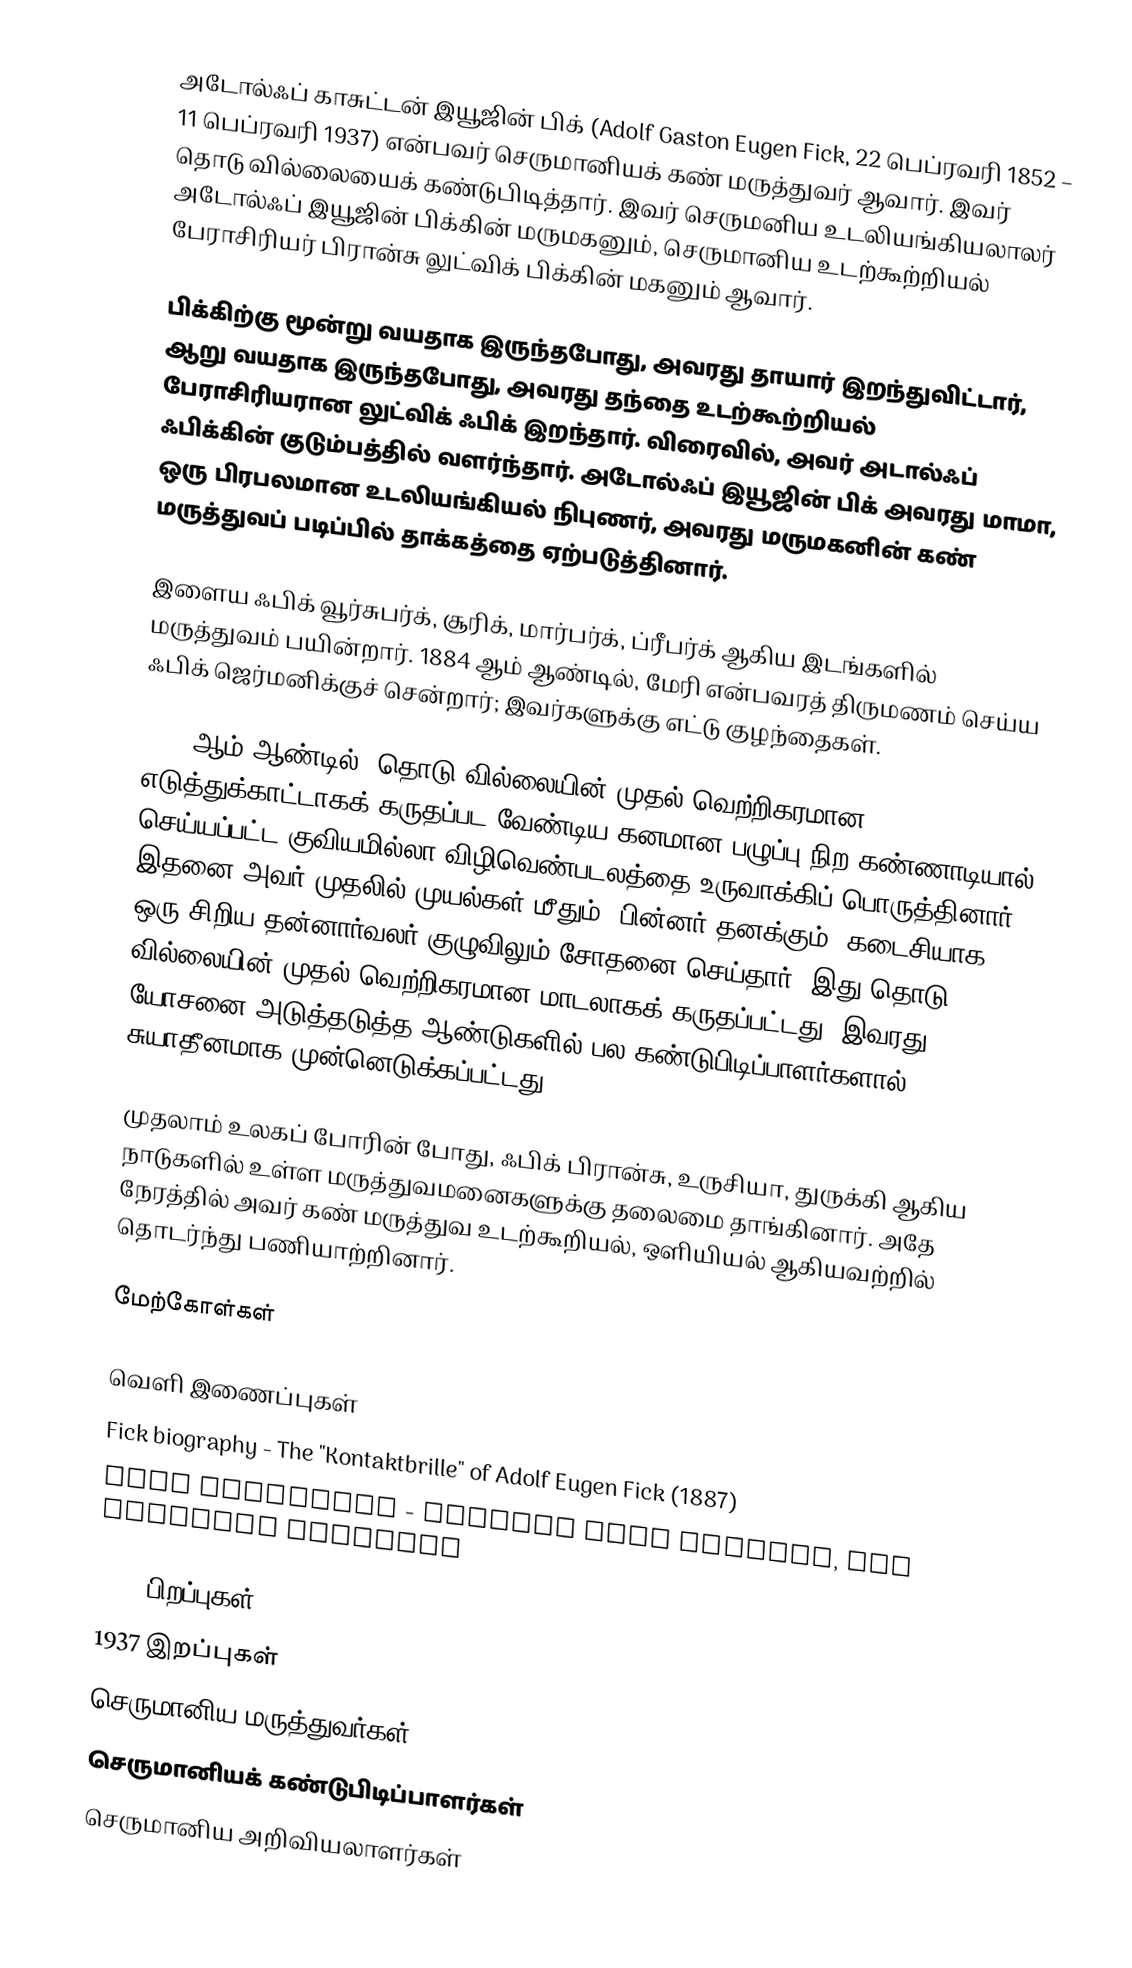
அடோல்ஃப் காசுட்டன் இயூஜின் பிக் (Adolf Gaston Eugen Fick, 22 பெப்ரவரி 1852 – 11 பெப்ரவரி 1937) என்பவர் செருமானியக் கண் மருத்துவர் ஆவார். இவர் தொடு வில்லையைக் கண்டுபிடித்தார். இவர் செருமனிய உடலியங்கியலாலர் அடோல்ஃப் இயூஜின் பிக்கின் மருமகனும், செருமானிய உடற்கூற்றியல் பேராசிரியர் பிரான்சு லுட்விக் பிக்கின் மகனும் ஆவார்.

பிக்கிற்கு மூன்று வயதாக இருந்தபோது, அவரது தாயார் இறந்துவிட்டார், ஆறு வயதாக இருந்தபோது, அவரது தந்தை உடற்கூற்றியல் பேராசிரியரான லுட்விக் ஃபிக் இறந்தார். விரைவில், அவர் அடால்ஃப் ஃபிக்கின் குடும்பத்தில் வளர்ந்தார். அடோல்ஃப் இயூஜின் பிக் அவரது மாமா, ஒரு பிரபலமான உடலியங்கியல் நிபுணர், அவரது மருமகனின் கண் மருத்துவப் படிப்பில் தாக்கத்தை ஏற்படுத்தினார்.

இளைய ஃபிக் வூர்சுபர்க், சூரிக், மார்பர்க், ப்ரீபர்க் ஆகிய இடங்களில் மருத்துவம் பயின்றார். 1884 ஆம் ஆண்டில், மேரி என்பவரத் திருமணம் செய்ய ஃபிக் ஜெர்மனிக்குச் சென்றார்; இவர்களுக்கு எட்டு குழந்தைகள்.

1888-ஆம் ஆண்டில், தொடு வில்லையின் முதல் வெற்றிகரமான எடுத்துக்காட்டாகக் கருதப்பட வேண்டிய கனமான பழுப்பு நிற கண்ணாடியால் செய்யப்பட்ட குவியமில்லா விழிவெண்படலத்தை உருவாக்கிப் பொருத்தினார். இதனை அவர் முதலில் முயல்கள் மீதும், பின்னர் தனக்கும், கடைசியாக ஒரு சிறிய தன்னார்வலர் குழுவிலும் சோதனை செய்தார். இது தொடு வில்லையின் முதல் வெற்றிகரமான மாடலாகக் கருதப்பட்டது. இவரது யோசனை அடுத்தடுத்த ஆண்டுகளில் பல கண்டுபிடிப்பாளர்களால் சுயாதீனமாக முன்னெடுக்கப்பட்டது.

முதலாம் உலகப் போரின் போது, ஃபிக் பிரான்சு, உருசியா, துருக்கி ஆகிய நாடுகளில் உள்ள மருத்துவமனைகளுக்கு தலைமை தாங்கினார். அதே நேரத்தில் அவர் கண் மருத்துவ உடற்கூறியல், ஒளியியல் ஆகியவற்றில் தொடர்ந்து பணியாற்றினார்.

மேற்கோள்கள்

வெளி இணைப்புகள்
 Fick biography  - The "Kontaktbrille" of Adolf Eugen Fick (1887)
 Fick biography - Contact Lens History, the overseas pioneers

1852 பிறப்புகள்
1937 இறப்புகள்
செருமானிய மருத்துவர்கள்
செருமானியக் கண்டுபிடிப்பாளர்கள்
செருமானிய அறிவியலாளர்கள்